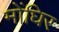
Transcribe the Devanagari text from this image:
मोंघिर